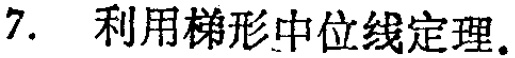
7. 利用梯形中位线定理.